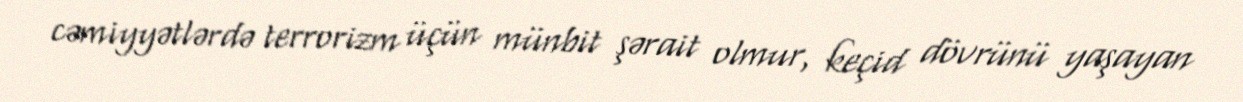
cəmiyyətlərdə terrorizm üçün münbit şərait olmur, keçid dövrünü yaşayan